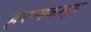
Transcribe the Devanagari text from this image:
हरन्यकश्युप